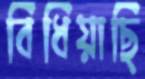
বিঁধিয়াছি